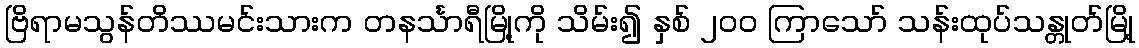
ဗြိရာမသွန်တိဿမင်းသားက တနင်္သာရီမြို့ကို သိမ်း၍ နှစ် ၂၀၀ ကြာသော် သန်းထုပ်သန္တုတ်မြို့